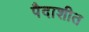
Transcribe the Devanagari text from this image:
पैदाशीत